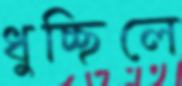
ধুচ্ছিলে